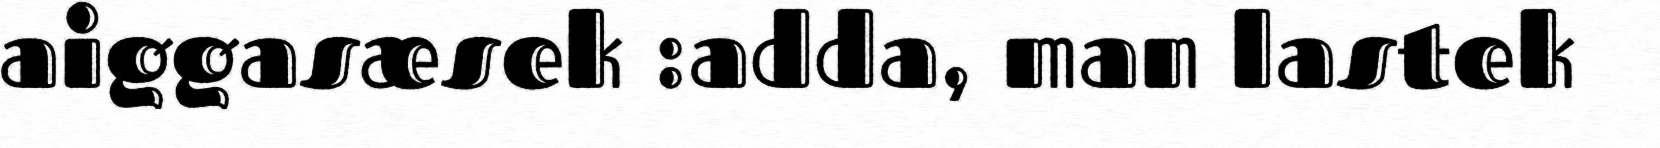
aiggasæsek :adda, man lastek